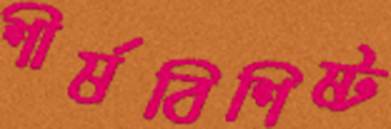
শীর্ষবিশিষ্ট